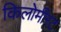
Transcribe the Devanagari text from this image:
किलोमीरट